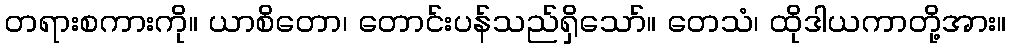
တရားစကားကို။ ယာစိတော၊ တောင်းပန်သည်ရှိသော်။ တေသံ၊ ထိုဒါယကာတို့အား။